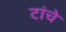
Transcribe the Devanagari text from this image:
टांचे